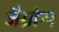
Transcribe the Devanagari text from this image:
जैग्रोस